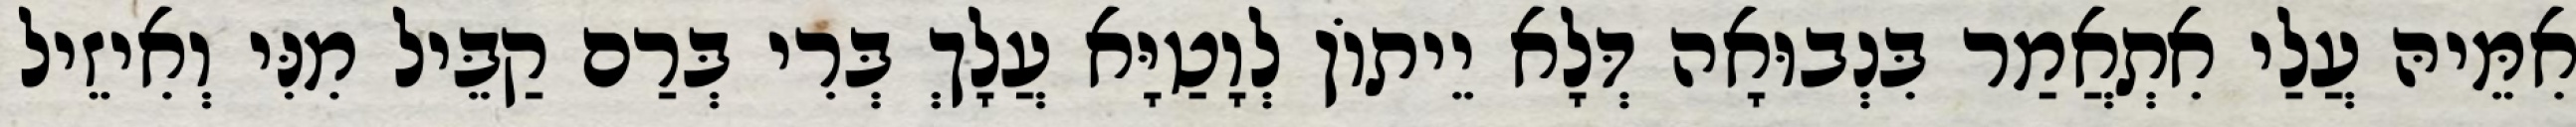
אִמֵּיהּ עֲלַי אִתְאֲמַר בִּנְבוּאָה דְּלָא יֵיתוֹן לְוָטַיָּא עֲלָךְ בְּרִי בְּרַם קַבֵּיל מִנִּי וְאִיזֵיל